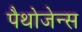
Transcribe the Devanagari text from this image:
पैथोजेन्स